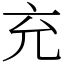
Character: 充